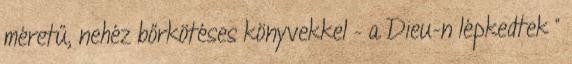
méretű, nehéz bőrkötéses könyvekkel – a Dieu-n lépkedtek ”